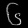
Digit: ၆